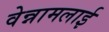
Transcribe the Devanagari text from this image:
वेन्नामलाई